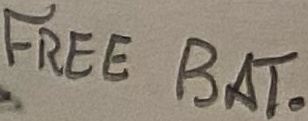
Text: FREE BAT.